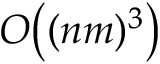
O \big ( ( n m ) ^ { 3 } \big )